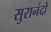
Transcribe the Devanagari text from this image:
सुरानंदो